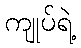
ကျုပ်ရဲ့